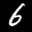
Label: 6